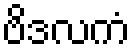
ဗိဒလကံ